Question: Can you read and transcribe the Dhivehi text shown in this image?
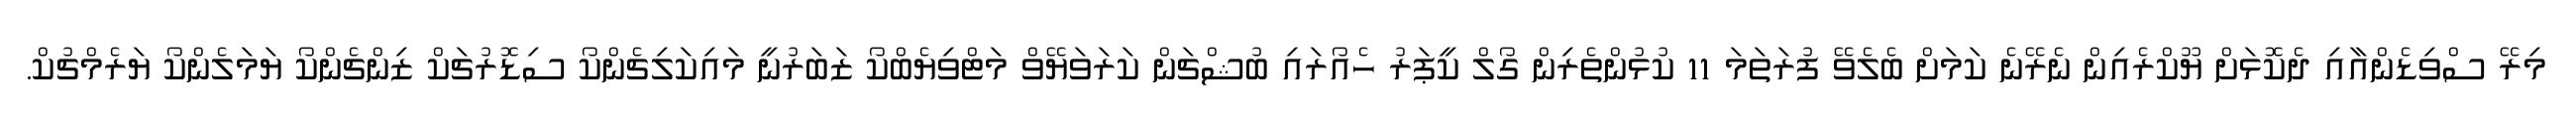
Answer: މިރޭ ސްވިޑެންއާއި ދެކޮޅަށް ޔޫކްރެއިން ނެރޭނެ ކަމަށް ބެލެވޭ ފުރަތަމަ 11 ކުޅުންތެރިން ގޯލް ކީޕަރު ހެއޯރައި ބުޝްޗަން ކަރަވަޔޭވް މަޓްވިޔެބްކޯ ޒަބަރުނީ މައިކަލިޗެންކޯ ސިޑޮރުޗަކް ޒިންޗެންކޯ ޔަމަލެންކޯ ޔަރެމްޗުކް.